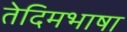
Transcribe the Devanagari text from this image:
तेदिमभाषा